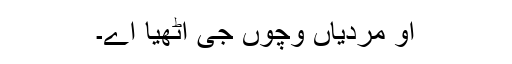
اُو مُردیاں وِچوں جی اُٹھیا اے۔